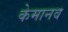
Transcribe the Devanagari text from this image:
केमानव